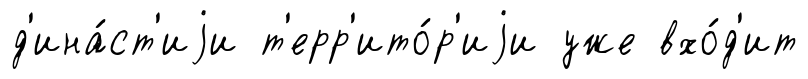
д'ина́ст'иjи т'ерр'ито́р'иjи уже вхо́д'ит